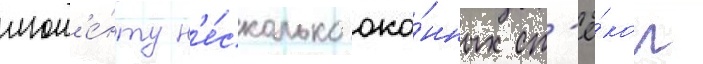
мом'е́нту н'е́сколько око́нных ст'ё́кол